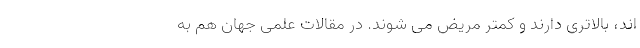
اند، بالاتری دارند و کمتر مریض می شوند. در مقالات علمی جهان هم به